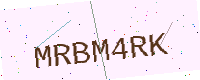
Text: MRBM4RK